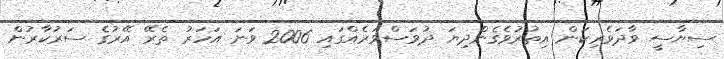
ސިޔާސީ ވާދަވެރިކަން އިތުރުވެގެންދިޔަ ދުވަސްވަރެއްގައި 2006 ވަނަ އަހަރު ތެރޭ އޭރުގެ ސަރުކާރުން